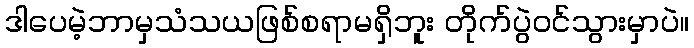
ဒါပေမဲ့ဘာမှသံသယဖြစ်စရာမရှိဘူး တိုက်ပွဲဝင်သွားမှာပဲ။